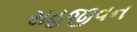
સહજીવન